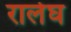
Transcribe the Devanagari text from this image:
रालेघ